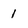
Character: 1